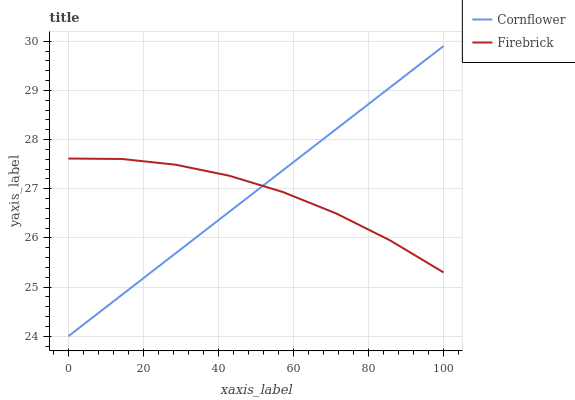
| xaxis_label | Cornflower | Firebrick |
 | --- | --- | --- |
 | 0 | 24 | 27.6 |
 | 14.3 | 24.8 | 27.6 |
 | 28.6 | 25.7 | 27.5 |
 | 42.9 | 26.5 | 27.3 |
 | 57.1 | 27.4 | 26.9 |
 | 71.4 | 28.2 | 26.5 |
 | 85.7 | 29.1 | 26 |
 | 100 | 29.9 | 25.3 |